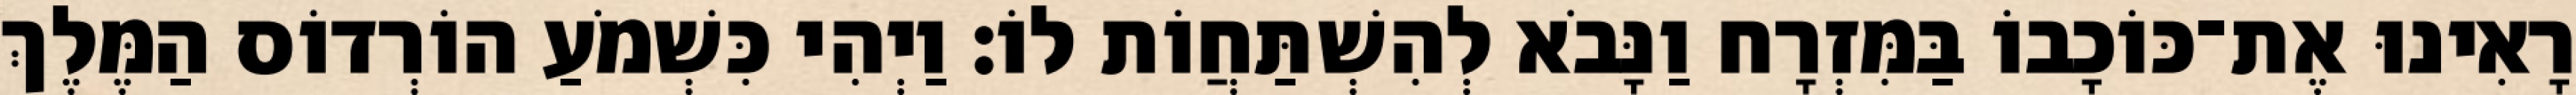
רָאִינוּ אֶת־כּוֹכָבוֹ בַּמִּזְרָח וַנָּבֹא לְהִשְׁתַּחֲוֹת לוֹ׃ וַיְהִי כִּשְׁמֹעַ הוֹרְדוֹס הַמֶּלֶךְ